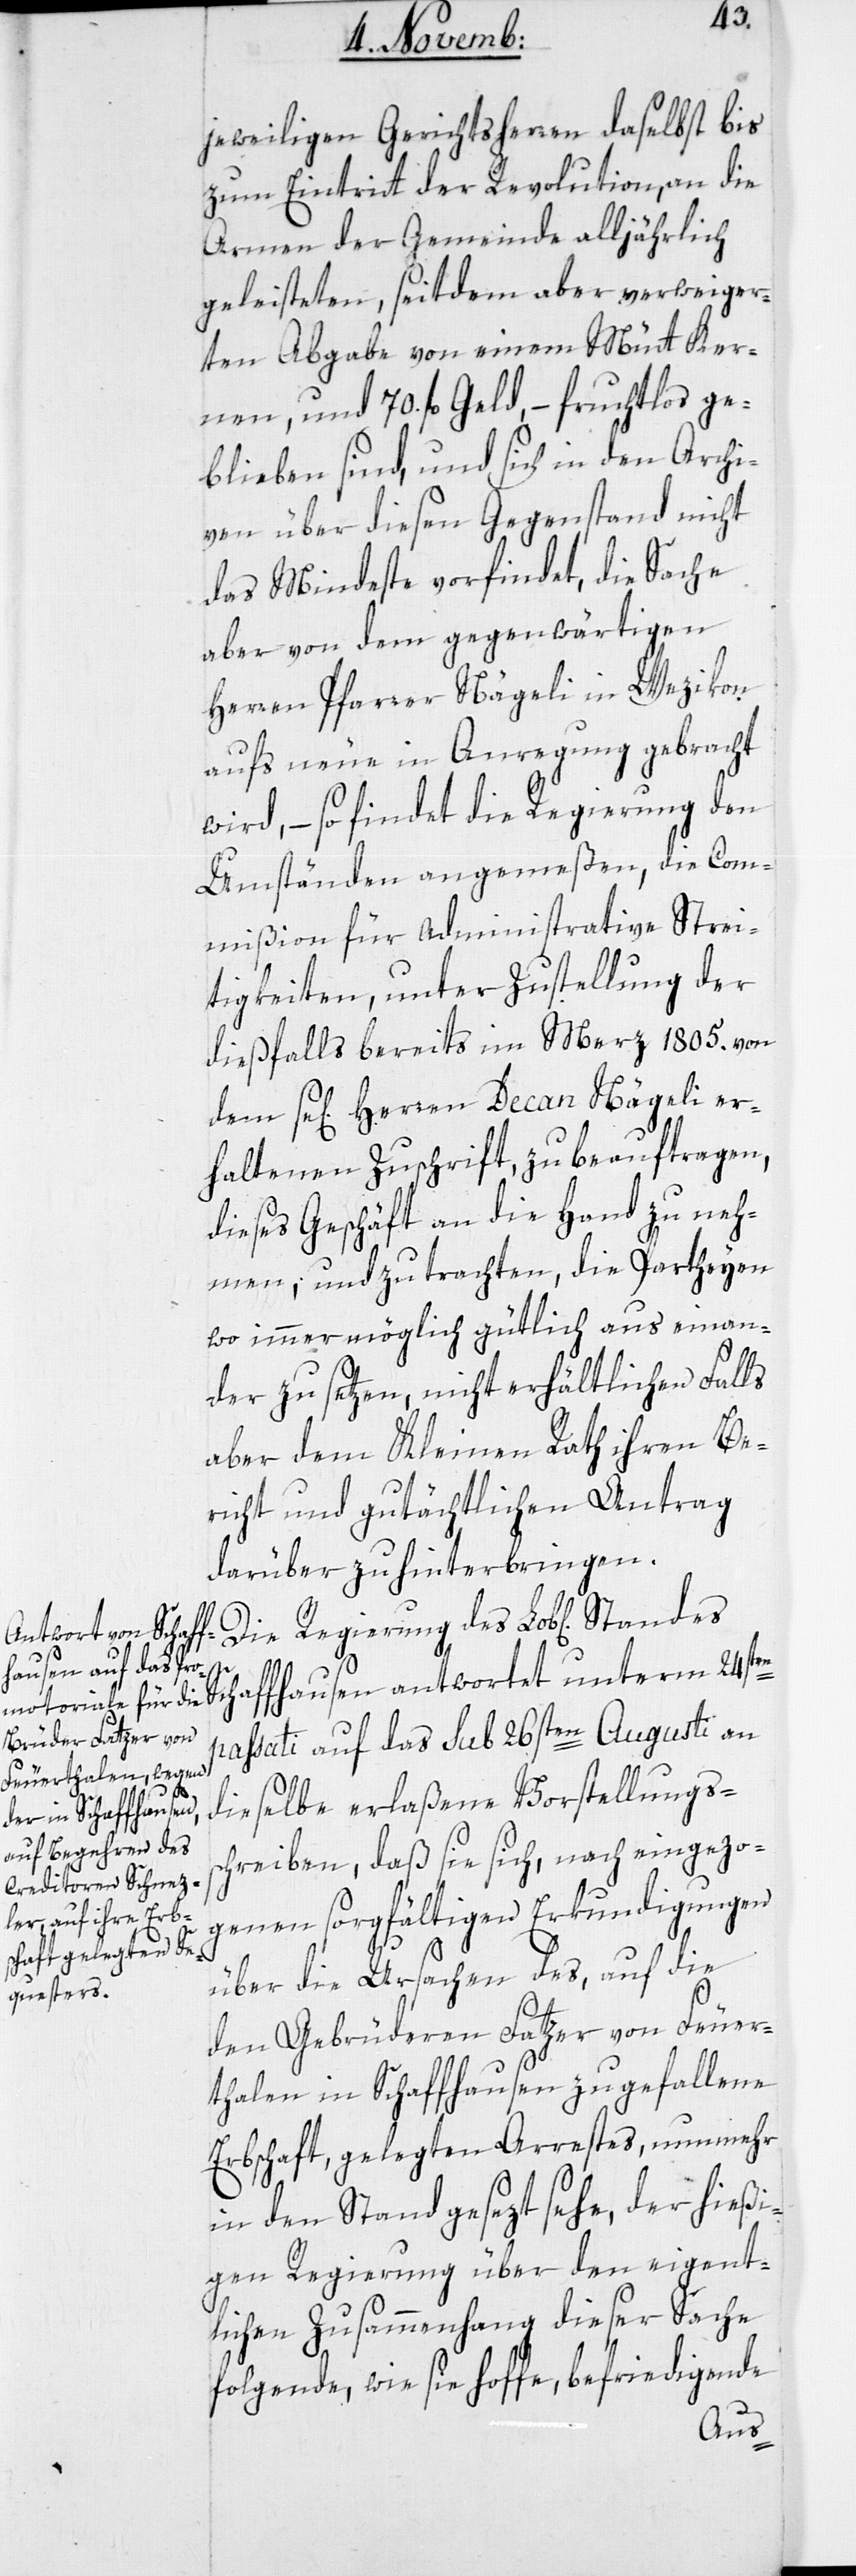
jeweiligen Gerichtsherren daselbst bis
zum Eintritt der Revolution, an die
Armen der Gemeinde alljährlich
geleisteten, seitdem aber verweiger¬
ten Abgabe von einem Mütt Ker¬
nen und 70. fl. Geld, – fruchtlos ge¬
blieben sind, und sich in den Archi¬
ven über diesen Gegenstand nicht
das Mindeste vorfindet, die Sache
aber von dem gegenwärtigen
Herren Pfarrer Nägeli in Wezikon
aufs Neue in Anregung gebracht
wird, – so findet die Regierung den
Umständen angemeßen, die Com¬
mißion für administrative Schwie¬
rigkeiten, unter Zustellung der
dießfalls bereits im März 1805. von
sel[igen] Herren Decan Nägeli er¬
haltenen Zuschrift zu beauftragen,
dieses Geschäft an die Hand zu neh¬
men und zu trachten, die Partheyen,
wo immer möglich gütlich auseinan¬
der zu setzen, nicht erhältlichen Falls
aber dem Kleinen Rath ihren Be¬
richt und gutächtlichen Antrag
darüber zu hinterbringen.
s¬
Standes Schaffhausen antwortet unterm 24sten
passati auf das sub 26sten Augusti an
dieselbe erlaßene Vorstellungs¬
chreiben, daß sie sich, nach eingezo¬
genen sorgfältigen Erkundigungen
über die Ursachen des, auf die
den Gebrüderen Fatzer von Feuer¬
thalen in Schaffhausen zugefallene
Erbschaft, gelegten Arrests, nunmehr
in den Stand gesezt sehe, der hießi¬
gen Regierung über den eigent¬
lichen Zusammenhang dieser Sache
folgende, wie sie hoffe, befriedigende